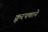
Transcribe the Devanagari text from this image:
क्रूरपणाने